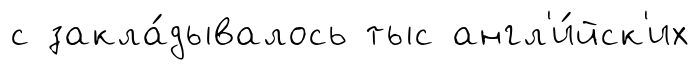
с закла́дывалось тыс англ'и́йск'их